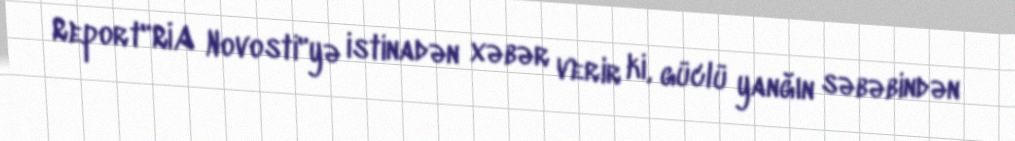
Report"RİA Novosti"yə istinadən xəbər verir ki, güclü yanğın səbəbindən